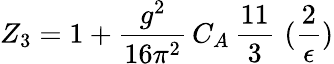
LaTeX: Z_{3}=1+\frac{g^{2}}{16\pi^{2}}\, C_{A}\, \frac{11}{3}\, \, (\frac{2}{\epsilon})